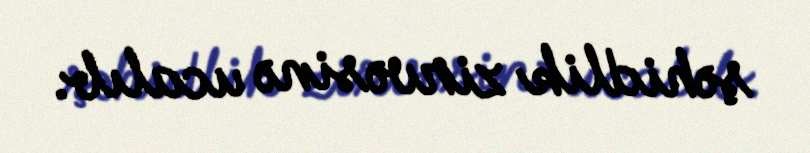
şəhidlik zirvəsinə ucalıb.